Vaccination United Provinces of Agra and Oudh 1914-1922 - 1914-1922
Year: 1914
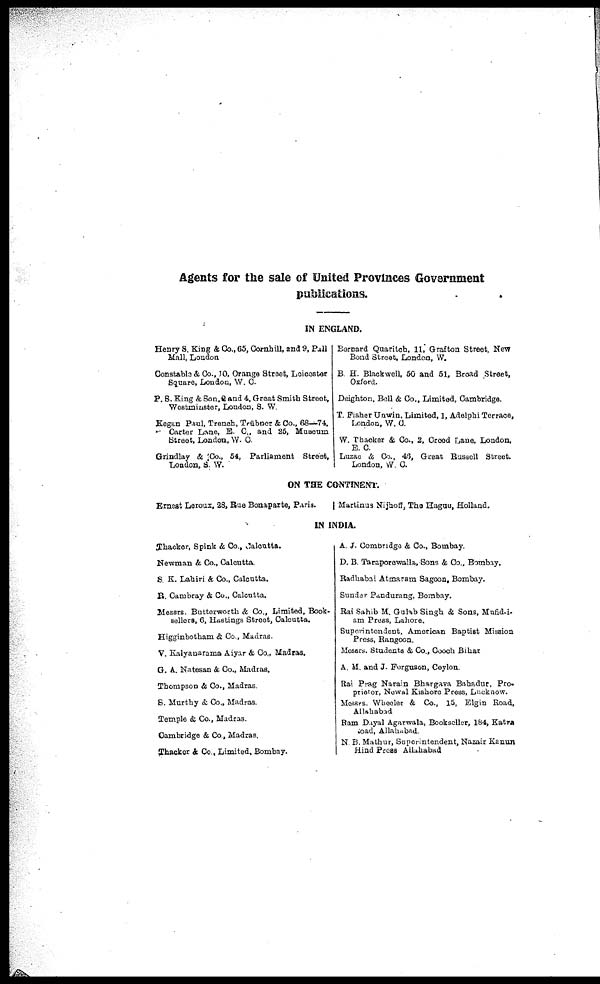
Agents for the sale of United Provinces Government
publications.
IN ENGLAND.
Henry S. King & Co., 65, Cornhill, and 9, Pall
Mall, London
Constable & Co., 10, Orange Street, Loicester
Square, London, W. C.
P. S. King & Son, 2 and 4, Great Smith Street,
Westminster, London, S. W.
Kegan Paul, Trench, Trübner & Co., 68—74,
Carter Lane, E. C., and 25, Museum
Street, London, W. C.
Grindlay & Co., 54, Parliament Street,
London, S. W.
Bernard Quaritch, 11, Grafton Street, New
Bond Street, London, W.
B. H. Black well, 50 and 51, Broad Street,
Oxford.
Deighton, Bell & Co., Limited, Cambridge.
T. Fisher Unwin. Limited, 1, Adelphi Terrace,
London, W. C.
W. Thacker & Co., 2, Crood Lane, London,
E. C.
Luzac & Co., 46, Great Russell Street.
London, W. C.
ON THE CONTINENT.
Ernest Leroux, 28, Rue Bonaparte, Paris.
Martinus Nijhoff, The Haguu, Holland.
IN INDIA.
Thacker, Spink & Co., Calcutta.
Newman & Co., Calcutta.
S. K. Lahiri & Co., Calcutta.
R. Cambray & Co., Calcutta.
Mesars. Butterworth & Co., Limited, Book-
sellers, 6, Hastings Street, Calcutta.
Higginbotham & Co., Madras.
V. Kalyanarama Aiyar & Co., Madras.
G. A. Natesan & Co., Madras.
Thompson & Co., Madras.
S. Murthy & Co., Madras.
Temple & Co., Madras.
Cambridge & Co., Madras.
Thacker & Co., Limited, Bombay.
A. J. Cambridge & Co., Bombay.
D. B. Taraporewalla,Sons & Co., Bombay.
Radhabai Atmaram Sagoon, Bombay.
Sunder Pandurang, Bombay.
Rai Sahib M. Gulab Singh & Sons, Mufid-i-
am Press, Lahore.
Superintendent, American Baptist Mission
Press, Rangoon.
Messrs. Students & Co., Cooch Bihar
A. M. and J. Ferguson, Ceylon.
Rai Prag Narain Bhargava Bahadur, Pro-
prietor, Newal Kishore Press, Lucknow.
Messrs. Wheeler & Co., 15, Elgin Road,
Allahabad
Ram Dayal Agarwala, Bookseller, 184, Katra
Road, Allahabad.
N. B. Mathur, Superintendent, Nazair Kanun
Hind Press Allahabad.